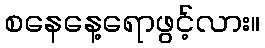
စနေနေ့ရောဖွင့်လား။